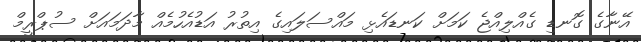
އޭނާގެ ގޮނޑި ގެއްލިއްޖެ ކަމަށް ކަނޑައެޅި މައްސަލައިގެ އިތުރު އަޑުއެހުމެއް މާދަމައަށް ސުޕްރީމް